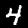
Digit: 4